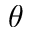
\boldsymbol { \theta }